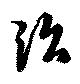
治